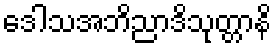
ဒေါသအဘိညာဒိသုတ္တာနိ